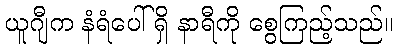
ယူဂျီက နံရံပေါ်ရှိ နာရီကို စွေကြည့်သည်။